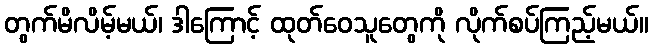
တွက်မိလိမ့်မယ်၊ ဒါကြောင့် ထုတ်ဝေသူတွေကို လိုက်စပ်ကြည့်မယ်။